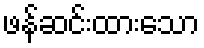
ဖန်ဆင်းထားသော